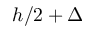
h / 2 + \Delta